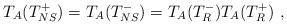
LaTeX: \begin{align*}T_A(T^+_{NS}) = T_A(T^-_{NS}) = T_A(T^-_{R}) T_A(T^+_{R}) \ ,\end{align*}